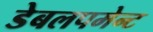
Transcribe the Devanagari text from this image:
डेबलपमेन्ट